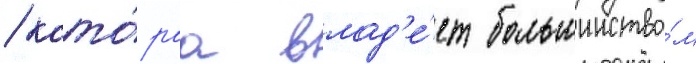
/ кото́раа влад'е́ет большинство́м